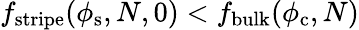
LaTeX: f_{\mathrm{stripe}}(\phi_{\mathrm{s}},N,0)<f_{\mathrm{bulk}}(\phi_{\mathrm{c}},N)